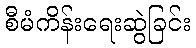
စီမံကိန်းရေးဆွဲခြင်း